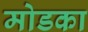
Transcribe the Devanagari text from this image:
मोडका